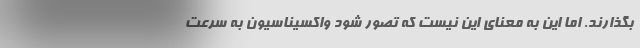
بگذارند. اما این به معنای این نیست که تصور شود واکسیناسیون به سرعت